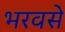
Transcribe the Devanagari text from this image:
भरवसे